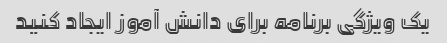
یک ویژگی برنامه برای دانش آموز ایجاد کنید